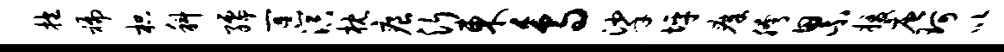
抱褊枳科孺冥溟枕痕沂东鸟挲坪瘴胯累援唐珂以